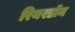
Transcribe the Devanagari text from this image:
रियरडॉन